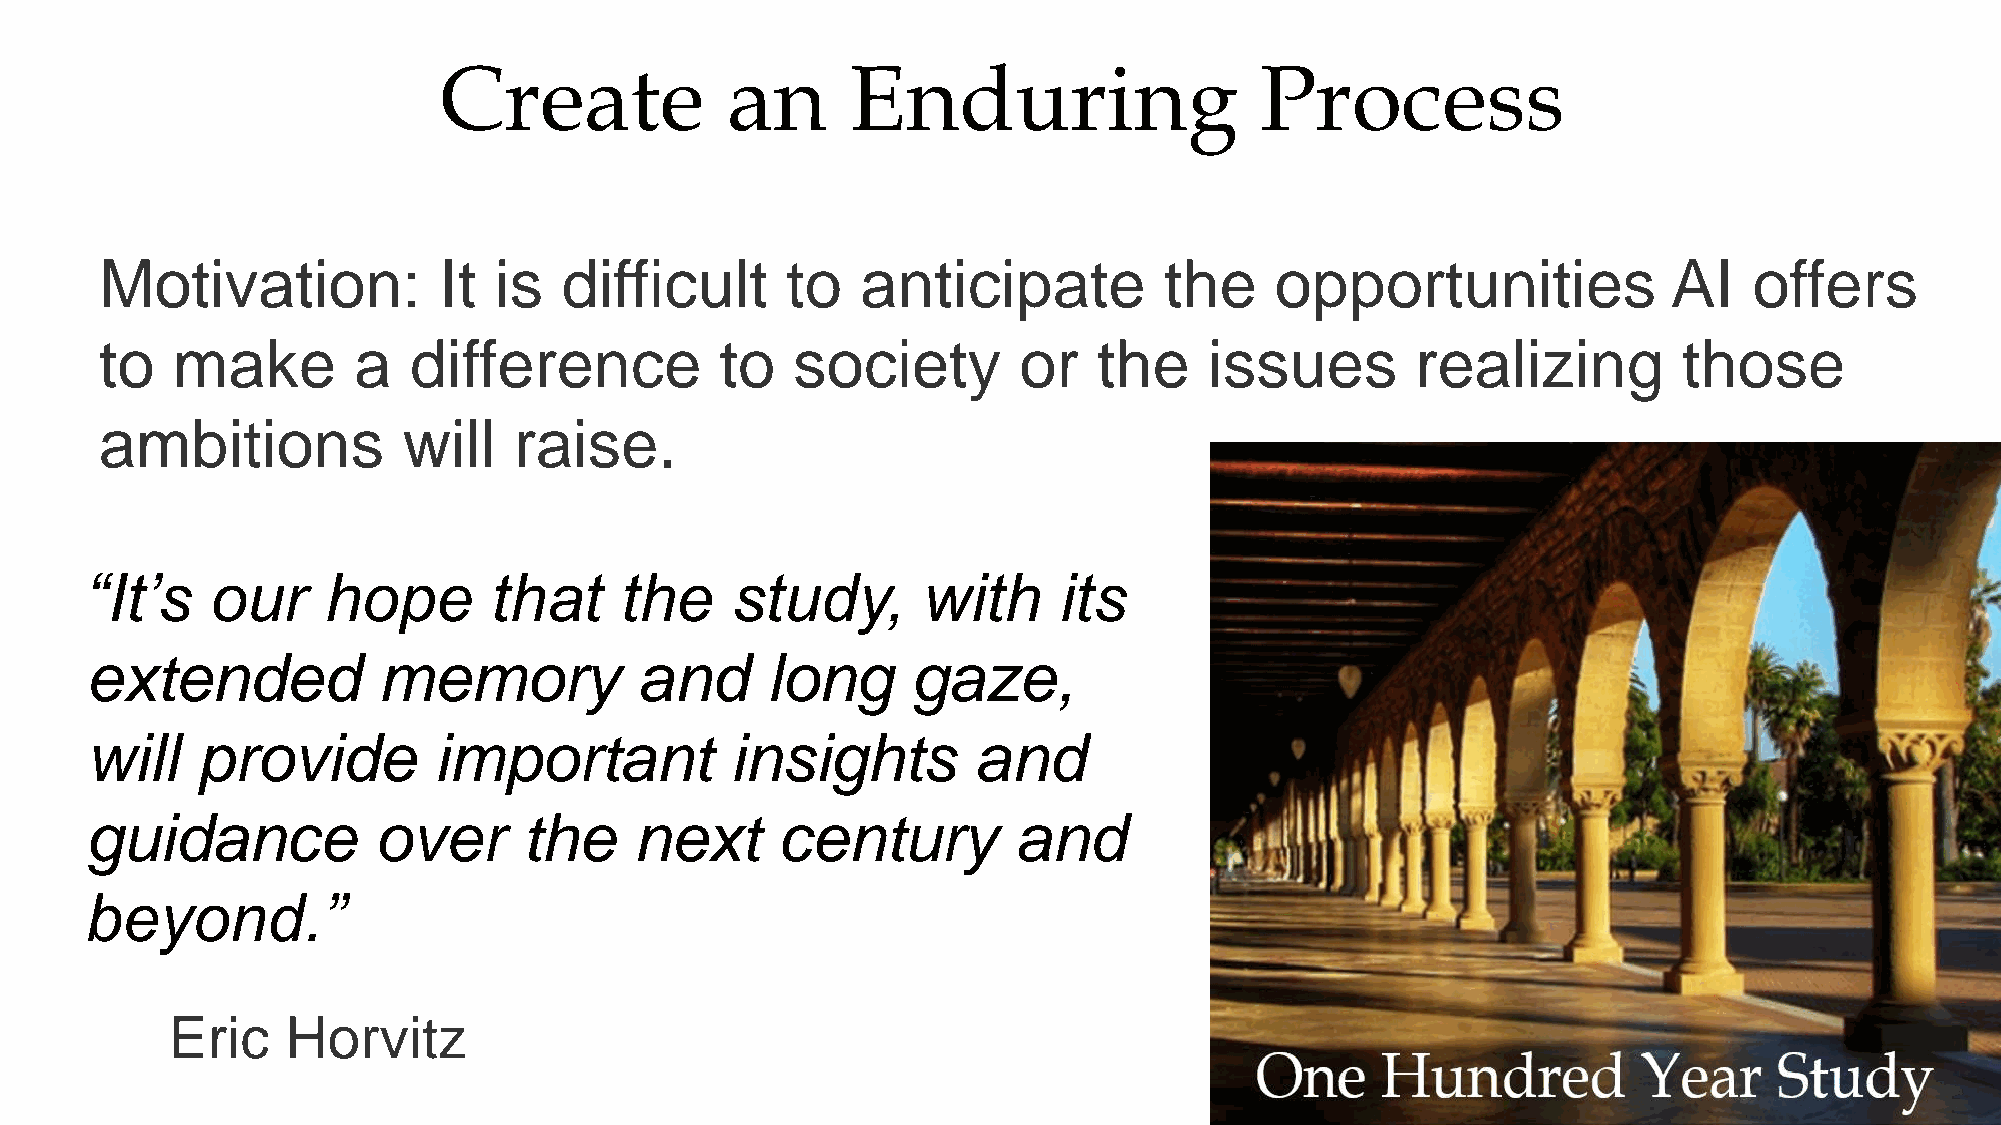
Create             an      Enduring                   Process
 Motivation:           It  is  difficult      to   anticipate          the    opportunities              AI   offers
 to  make        a   difference           to  society        or    the    issues        realizing        those
 ambitions           will   raise.
 “It’s   our     hope       that    the    study,       with     its
 extended           memory           and      long     gaze,
 will   provide         important          insights        and
 guidance           over      the    next     century         and
 beyond.”
 Eric    Horvitz